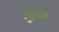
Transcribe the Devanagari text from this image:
ठेवुनि